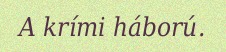
A krími háború.